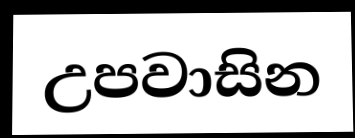
උපවාසින